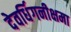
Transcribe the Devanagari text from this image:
देवर्धिगनीक्षमा